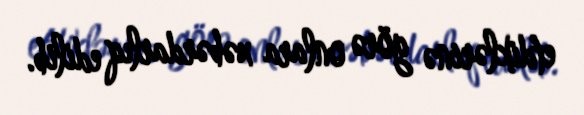
etdiklərinə görə onlara xəbərdarlıq edilib.